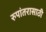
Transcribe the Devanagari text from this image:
रुपांतरासाठी